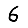
Digit: 6